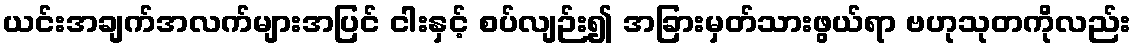
ယင်းအချက်အလက်များအပြင် ငါးနှင့် စပ်လျဉ်း၍ အခြားမှတ်သားဖွယ်ရာ ဗဟုသုတကိုလည်း